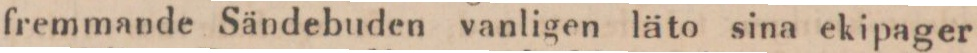
fremmande Sändebuden vanligen läto sina ekipager